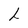
Character: L